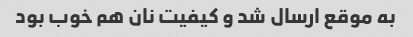
به موقع ارسال شد و کیفیت نان هم خوب بود